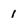
Character: 1